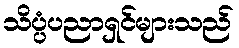
သိပ္ပံပညာရှင်များသည်